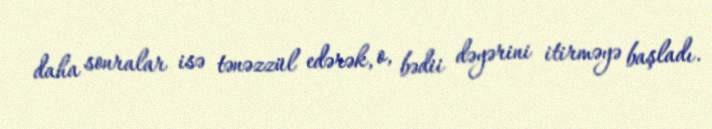
daha sonralar isə tənəzzül edərək, o, bədii dəyərini itirməyə başladı.